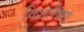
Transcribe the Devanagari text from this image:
विशलैषण